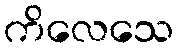
ကိလေသေ